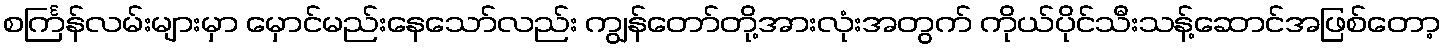
စင်္ကြန်လမ်းများမှာ မှောင်မည်းနေသော်လည်း ကျွန်တော်တို့အားလုံးအတွက် ကိုယ်ပိုင်သီးသန့်ဆောင်အဖြစ်တော့